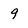
Character: 9